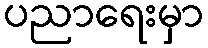
ပညာရေးမှာ